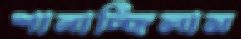
শানাচ্ছিলাম